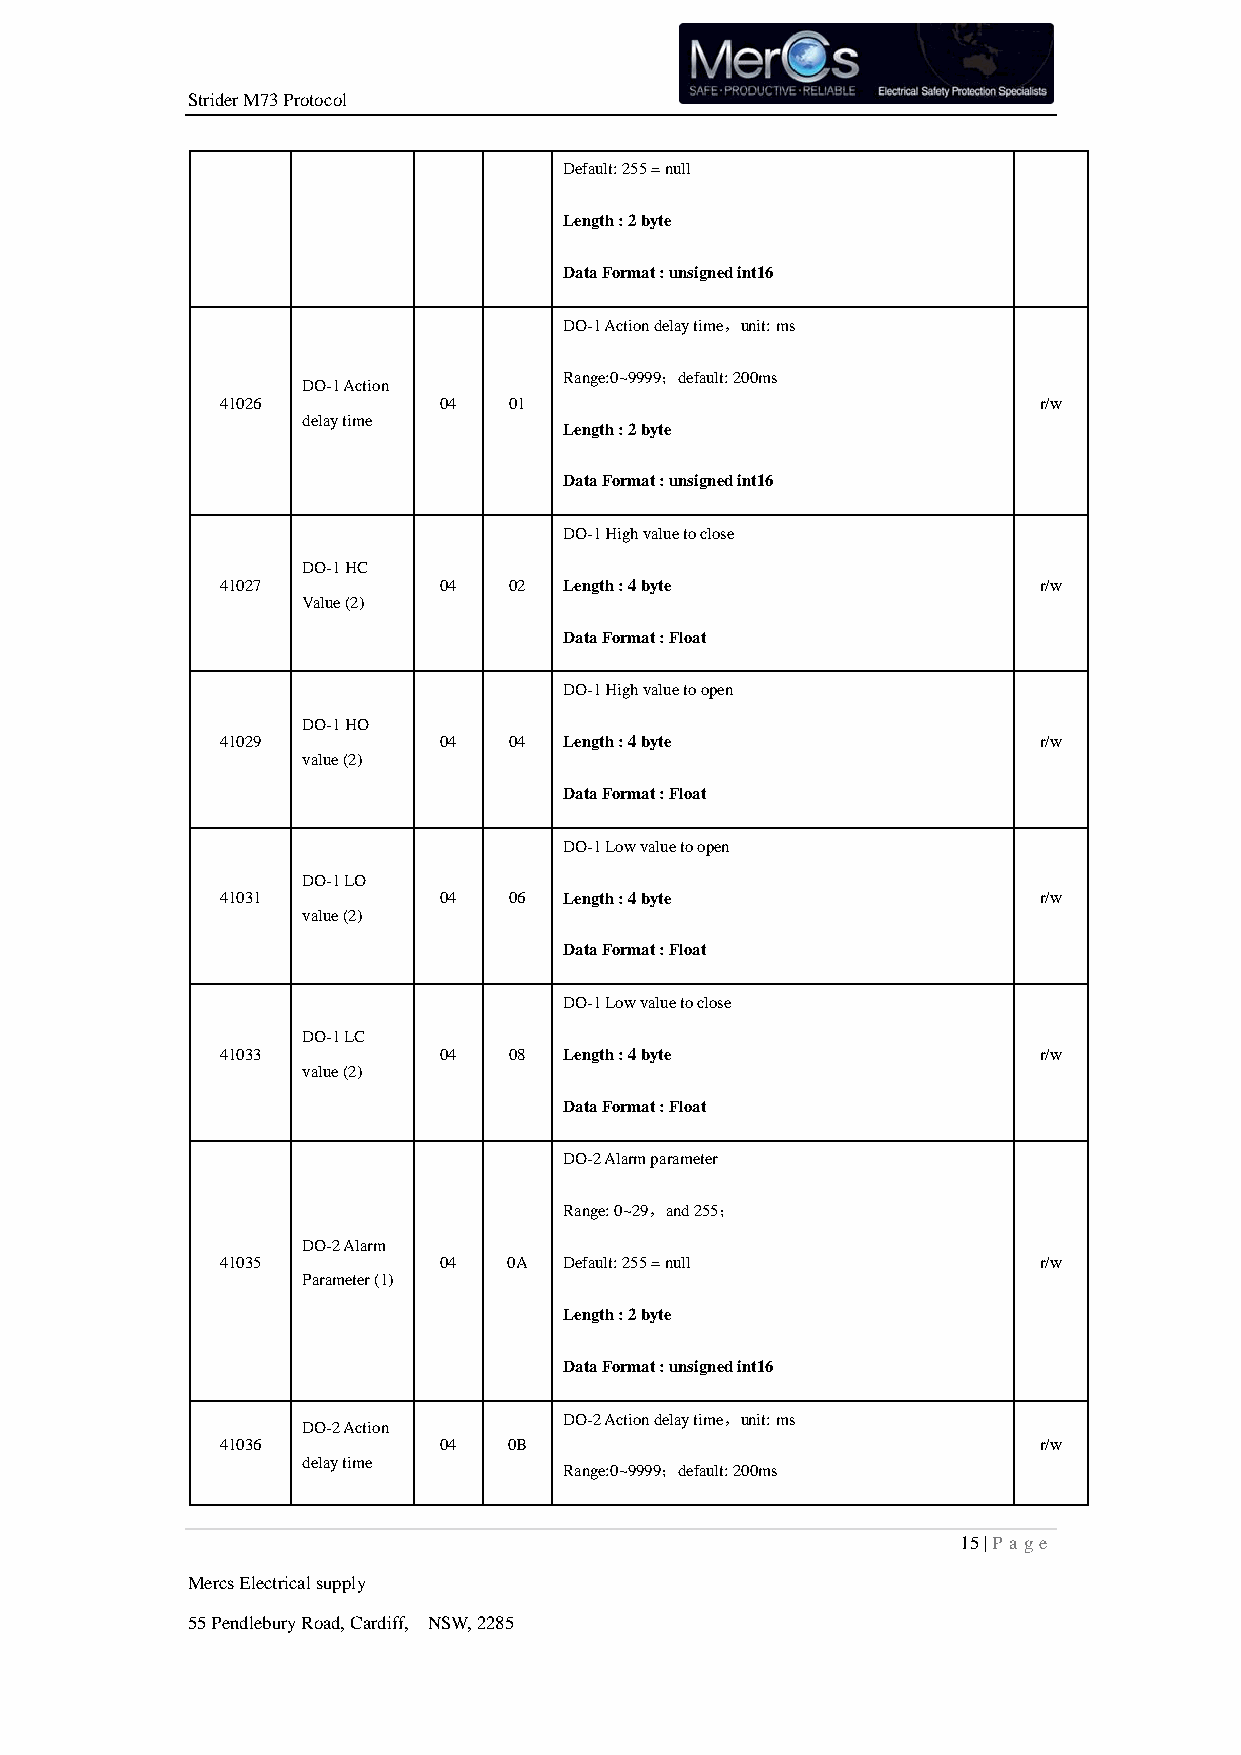
Strider M73 Protocol
 Default: 255 = null
 Length : 2 byte
 Data Format : unsigned int16
 DO-1 Action delay time，unit: ms
 Range:0~9999；default: 200ms
 DO-1 Action
 41026         04   01                                 r/w
 delay time
 Length : 2 byte
 Data Format : unsigned int16
 DO-1 High value to close
 DO-1 HC
 41027         04   02 Length : 4 byte                 r/w
 Value (2)
 Data Format : Float
 DO-1 High value to open
 DO-1 HO
 41029         04   04 Length : 4 byte                 r/w
 value (2)
 Data Format : Float
 DO-1 Low value to open
 DO-1 LO
 41031         04   06 Length : 4 byte                 r/w
 value (2)
 Data Format : Float
 DO-1 Low value to close
 DO-1 LC
 41033         04   08 Length : 4 byte                 r/w
 value (2)
 Data Format : Float
 DO-2 Alarm parameter
 Range: 0~29，and 255；
 DO-2 Alarm
 41035         04   0A Default: 255 = null             r/w
 Parameter (1)
 Length : 2 byte
 Data Format : unsigned int16
 DO-2 Action delay time，unit: ms
 DO-2 Action
 41036         04   0B                                 r/w
 delay time
 Range:0~9999；default: 200ms
 15 | P age
 Mercs Electrical supply
 55 Pendlebury Road, Cardiff, NSW, 2285